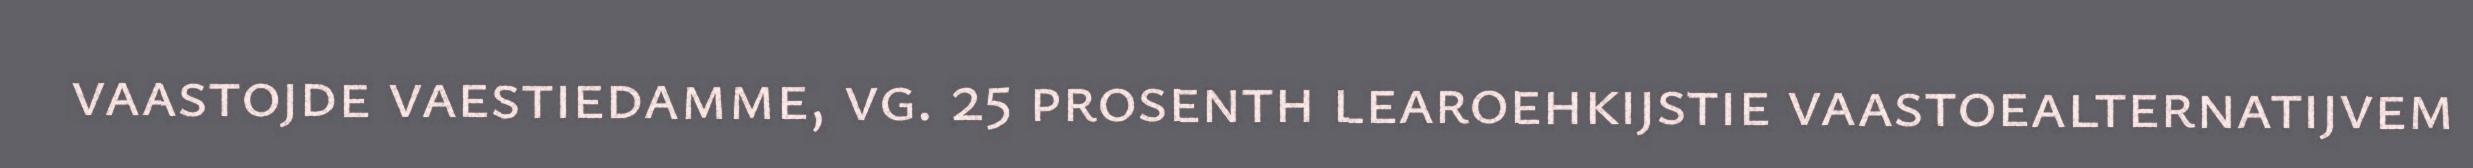
vaastojde vaestiedamme, vg. 25 prosenth learoehkijstie vaastoealternatijvem